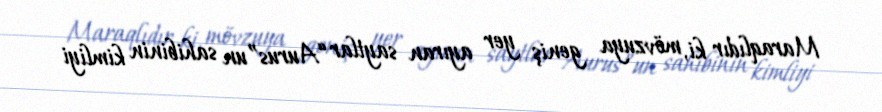
Maraqlıdır ki, mövzuya geniş yer ayıran saytlar “Aurus”un sahibinin kimliyi